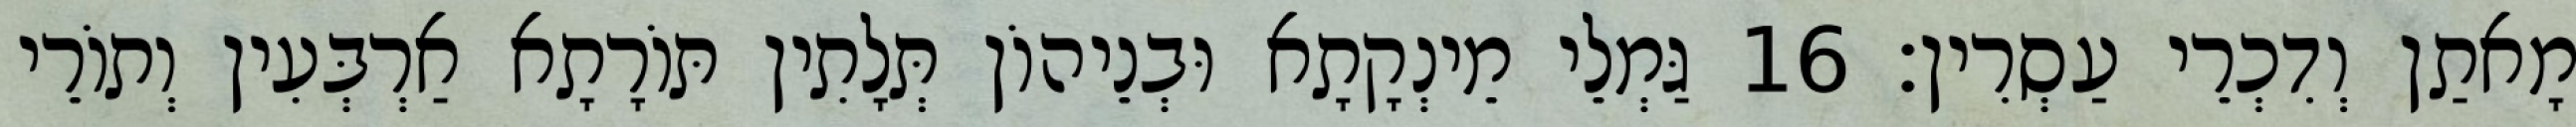
מָאתַן וְדִכְרֵי עַסְרִין׃ 16 גַּמְלֵי מֵינְקָתָא וּבְנֵיהוֹן תְּלָתִין תּוֹרָתָא אַרְבְּעִין וְתוֹרֵי